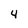
Character: 4